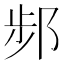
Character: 𨛒